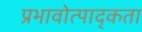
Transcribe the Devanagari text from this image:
प्रभावोत्पाद्कता